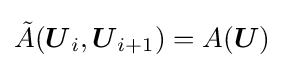
{\tilde {A}}({\boldsymbol {U}}_{i},{\boldsymbol {U}}_{i+1})=A({\boldsymbol {U}})